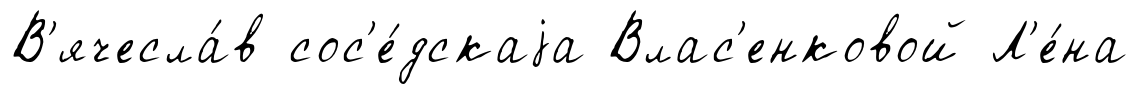
В'ячесла́в сос'е́дскаjа Влас'енковой Л'е́на